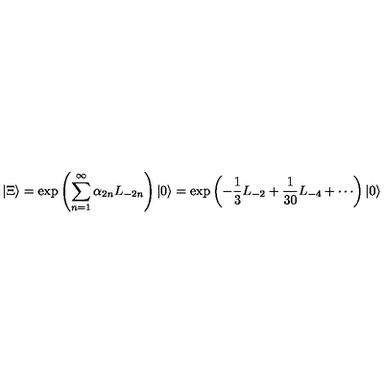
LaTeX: | \Xi \rangle = \exp \left( \sum _ { n = 1 } ^ { \infty } \alpha _ { 2 n } L _ { - 2 n } \right) | 0 \rangle = \exp \left( - \frac { 1 } { 3 } L _ { - 2 } + \frac { 1 } { 3 0 } L _ { - 4 } + \cdots \right) | 0 \rangle